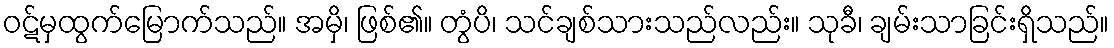
ဝဋ်မှထွက်မြောက်သည်။ အမှိ၊ ဖြစ်၏။ တွံပိ၊ သင်ချစ်သားသည်လည်း။ သုခီ၊ ချမ်းသာခြင်းရှိသည်။